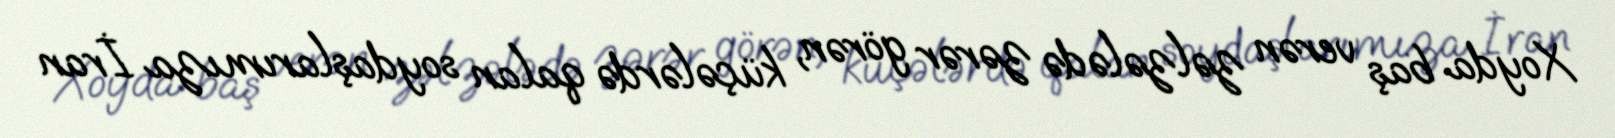
Xoyda baş verən zəlzələdə zərər görən, küçələrdə qalan soydaşlarımıza İran